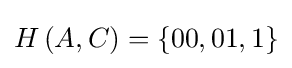
H\left(A,C\right)=\left\{00,01,1\right\}